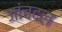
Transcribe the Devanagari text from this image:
जांचदल